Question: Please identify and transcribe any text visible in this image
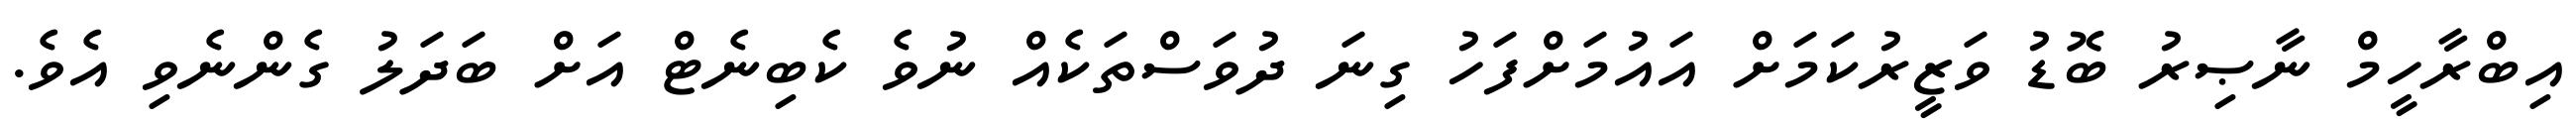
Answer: އިބްރާހީމް ނާޞިރު ބޮޑު ވަޒީރުކަމަށް އައުމަށްފަހު ގިނަ ދުވަސްތަކެއް ނުވެ ކެބިނެޓް އަށް ބަދަލު ގެންނެވި އެވެ.